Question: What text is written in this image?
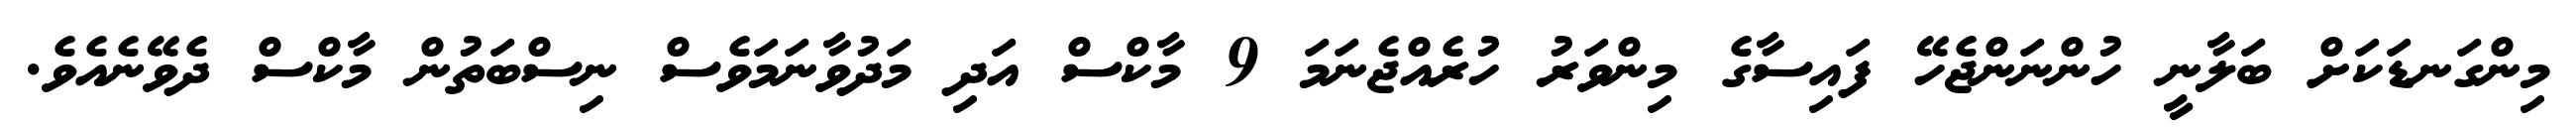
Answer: މިންގަނޑަކަށް ބަލާނީ ހުންނަންޖެހޭ ފައިސާގެ މިންވަރު ހުރެއްޖެނަމަ 9 މާކްސް އަދި މަދުވާނަމަވެސް ނިސްބަތުން މާކްސް ދެވޭނެއެވެ.